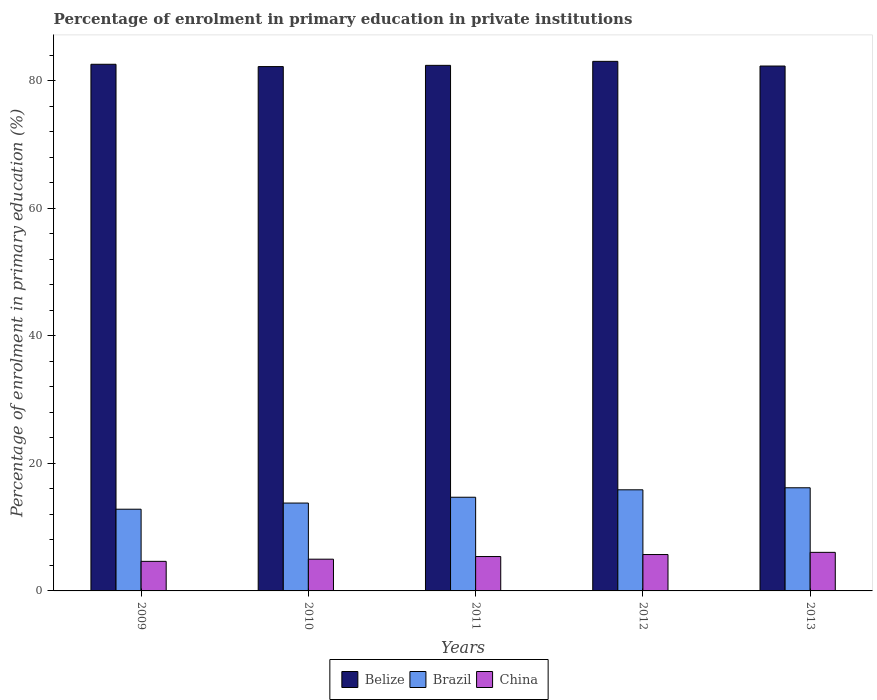
| Years | Belize | Brazil | China |
 | --- | --- | --- | --- |
 | 2009 | 82.6 | 12.8 | 4.64 |
 | 2010 | 82.2 | 13.8 | 4.98 |
 | 2011 | 82.4 | 14.7 | 5.39 |
 | 2012 | 83 | 15.9 | 5.7 |
 | 2013 | 82.3 | 16.2 | 6.05 |